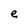
Character: e